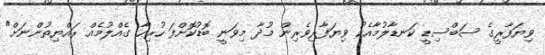
ވިޔަފާރީގެ ސަބްސިޑީ ކަނޑާލުމާއެކު ވިޔަފާރިވެރިން މުދާ މިވަނީ ބޮޑުކޮށްފަ ހުރިހާ ގެއްލުމެއް ރައްޔިތުންނަށް"